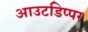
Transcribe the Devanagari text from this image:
आउटडिप्पर